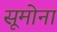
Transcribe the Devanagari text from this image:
सूमोना